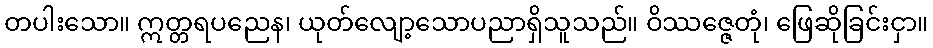
တပါးသော။ ဣတ္တရပညေန၊ ယုတ်လျော့သောပညာရှိသူသည်။ ဝိဿဇ္ဇေတုံ၊ ဖြေဆိုခြင်းငှာ။